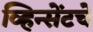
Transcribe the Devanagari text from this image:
व्हिन्सेंटचे